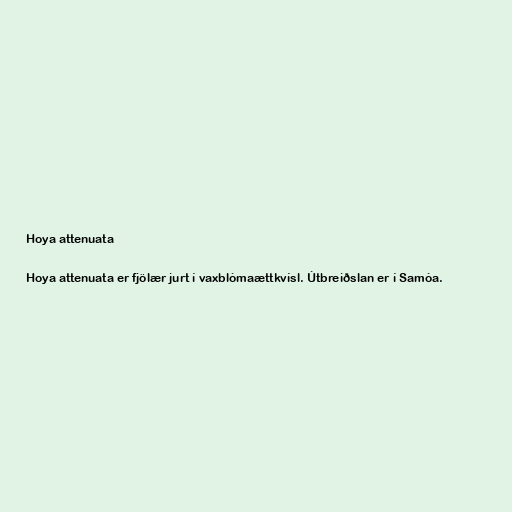
Hoya attenuata

Hoya attenuata er fjölær jurt í vaxblómaættkvísl. Útbreiðslan er í Samóa.